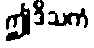
ဤဒိသကံ